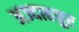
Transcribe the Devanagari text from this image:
अज्दाहपुर